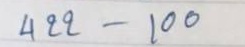
422 - 100